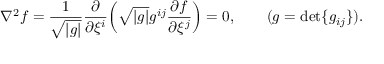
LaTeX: \nabla ^ { 2 } f = { \frac { 1 } { \sqrt { | g | } } } { \frac { \partial } { \partial \xi ^ { i } } } \! \left( { \sqrt { | g | } } g ^ { i j } { \frac { \partial f } { \partial \xi ^ { j } } } \right) = 0 , \qquad ( g = \mathrm { d e t } \{ g _ { i j } \} ) .